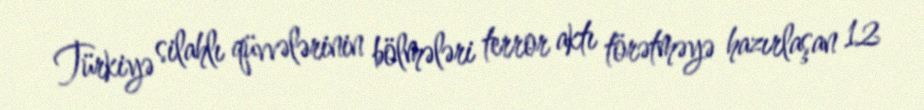
Türkiyə silahlı qüvvələrinin bölmələri terror aktı törətməyə hazırlaşan 12